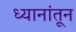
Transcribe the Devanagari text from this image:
ध्यानांतून